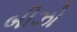
બીઝો